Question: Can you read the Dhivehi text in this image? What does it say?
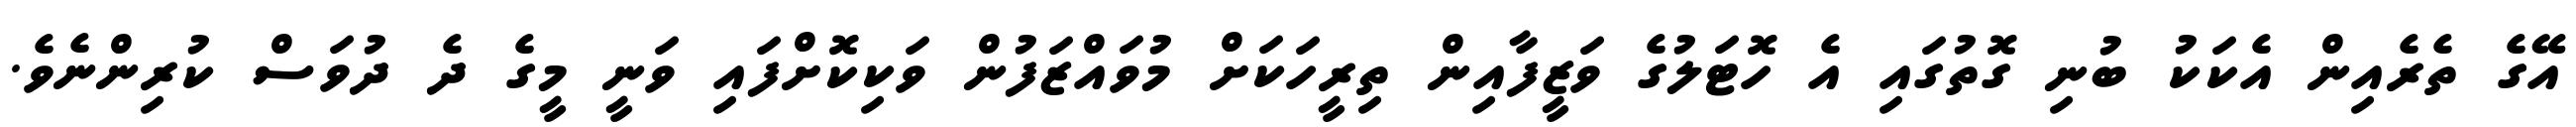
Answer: އޭގެ ތެރެއިން އެކަކު ބުނި ގޮތުގައި އެ ހޮޓަލުގެ ވަޒީފާއިން ތިރީހަކަށް މުވައްޒަފުން ވަކިކޮށްފައި ވަނީ މީގެ ދެ ދުވަސް ކުރިންނެވެ.